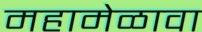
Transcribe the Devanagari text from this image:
महामेळावा